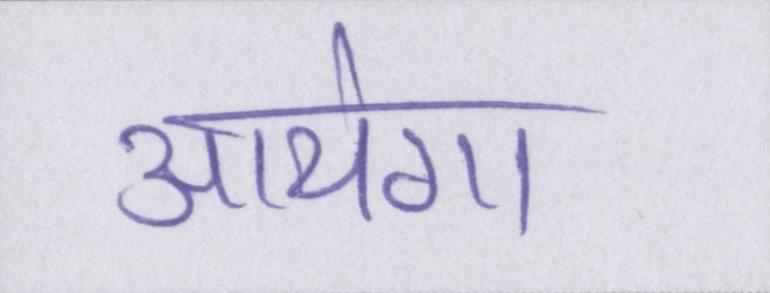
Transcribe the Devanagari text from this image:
आयेगा